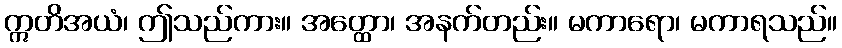
ဣတိအယံ၊ ဤသည်ကား။ အတ္ထော၊ အနက်တည်း။ မကာရော၊ မကာရသည်။